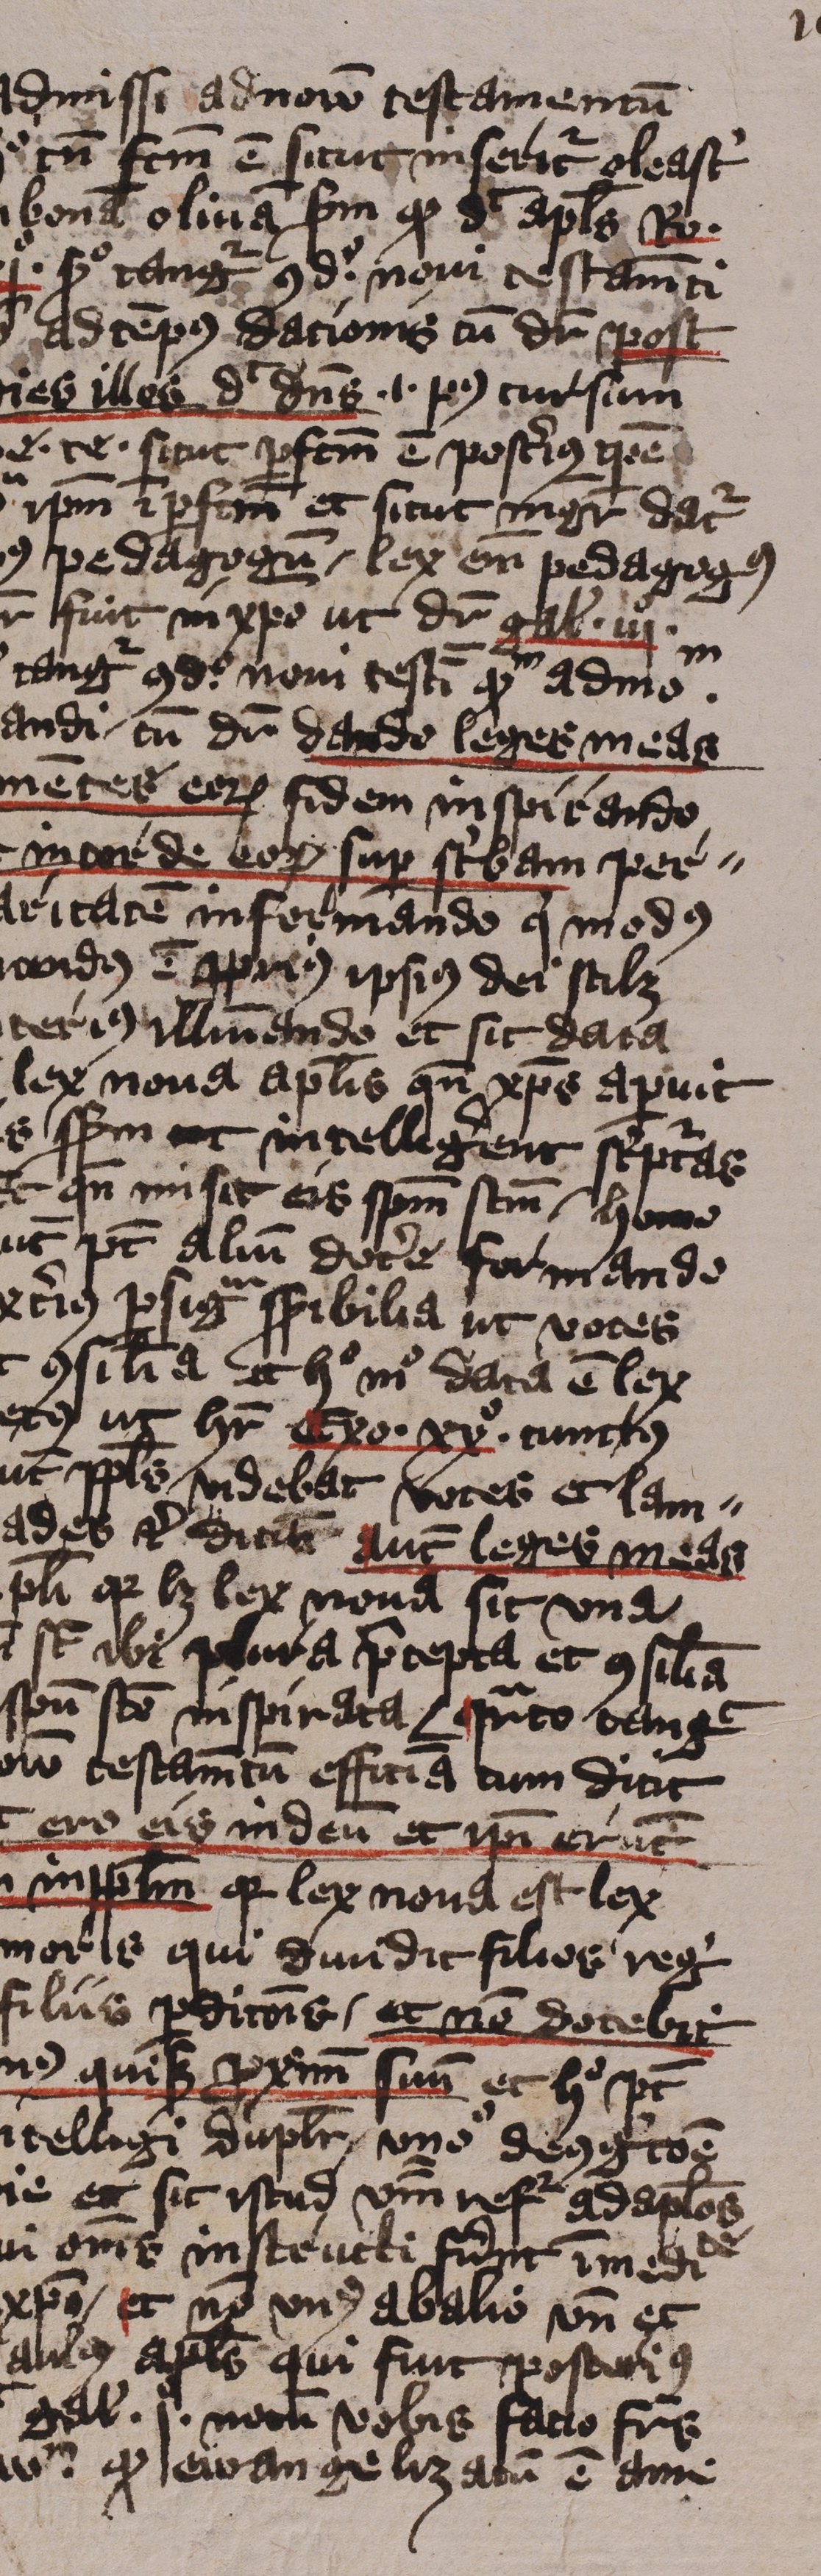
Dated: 1413–1415